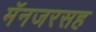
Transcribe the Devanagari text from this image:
मॅनजरसह